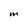
Character: M